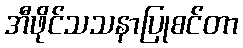
အီဖိုင်သသနာပြုစင်တာ